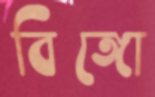
বিঙ্গো